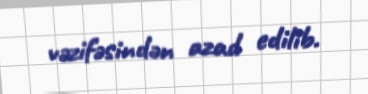
vəzifəsindən azad edilib.